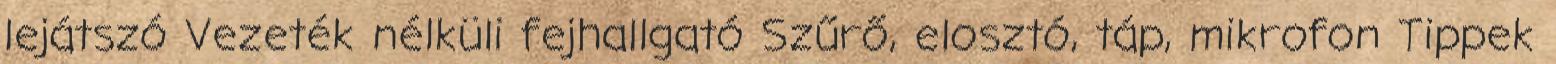
lejátszó ​Vezeték nélküli fejhallgató Szűrő, elosztó, táp, mikrofon Tippek